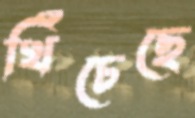
খিঁচেছে